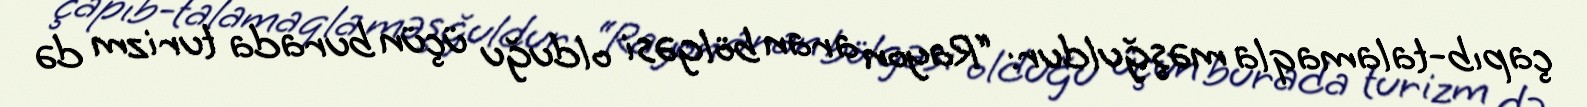
çapıb-talamaqla məşğuldur: “Rayon aran bölgəsi olduğu üçün burada turizm də